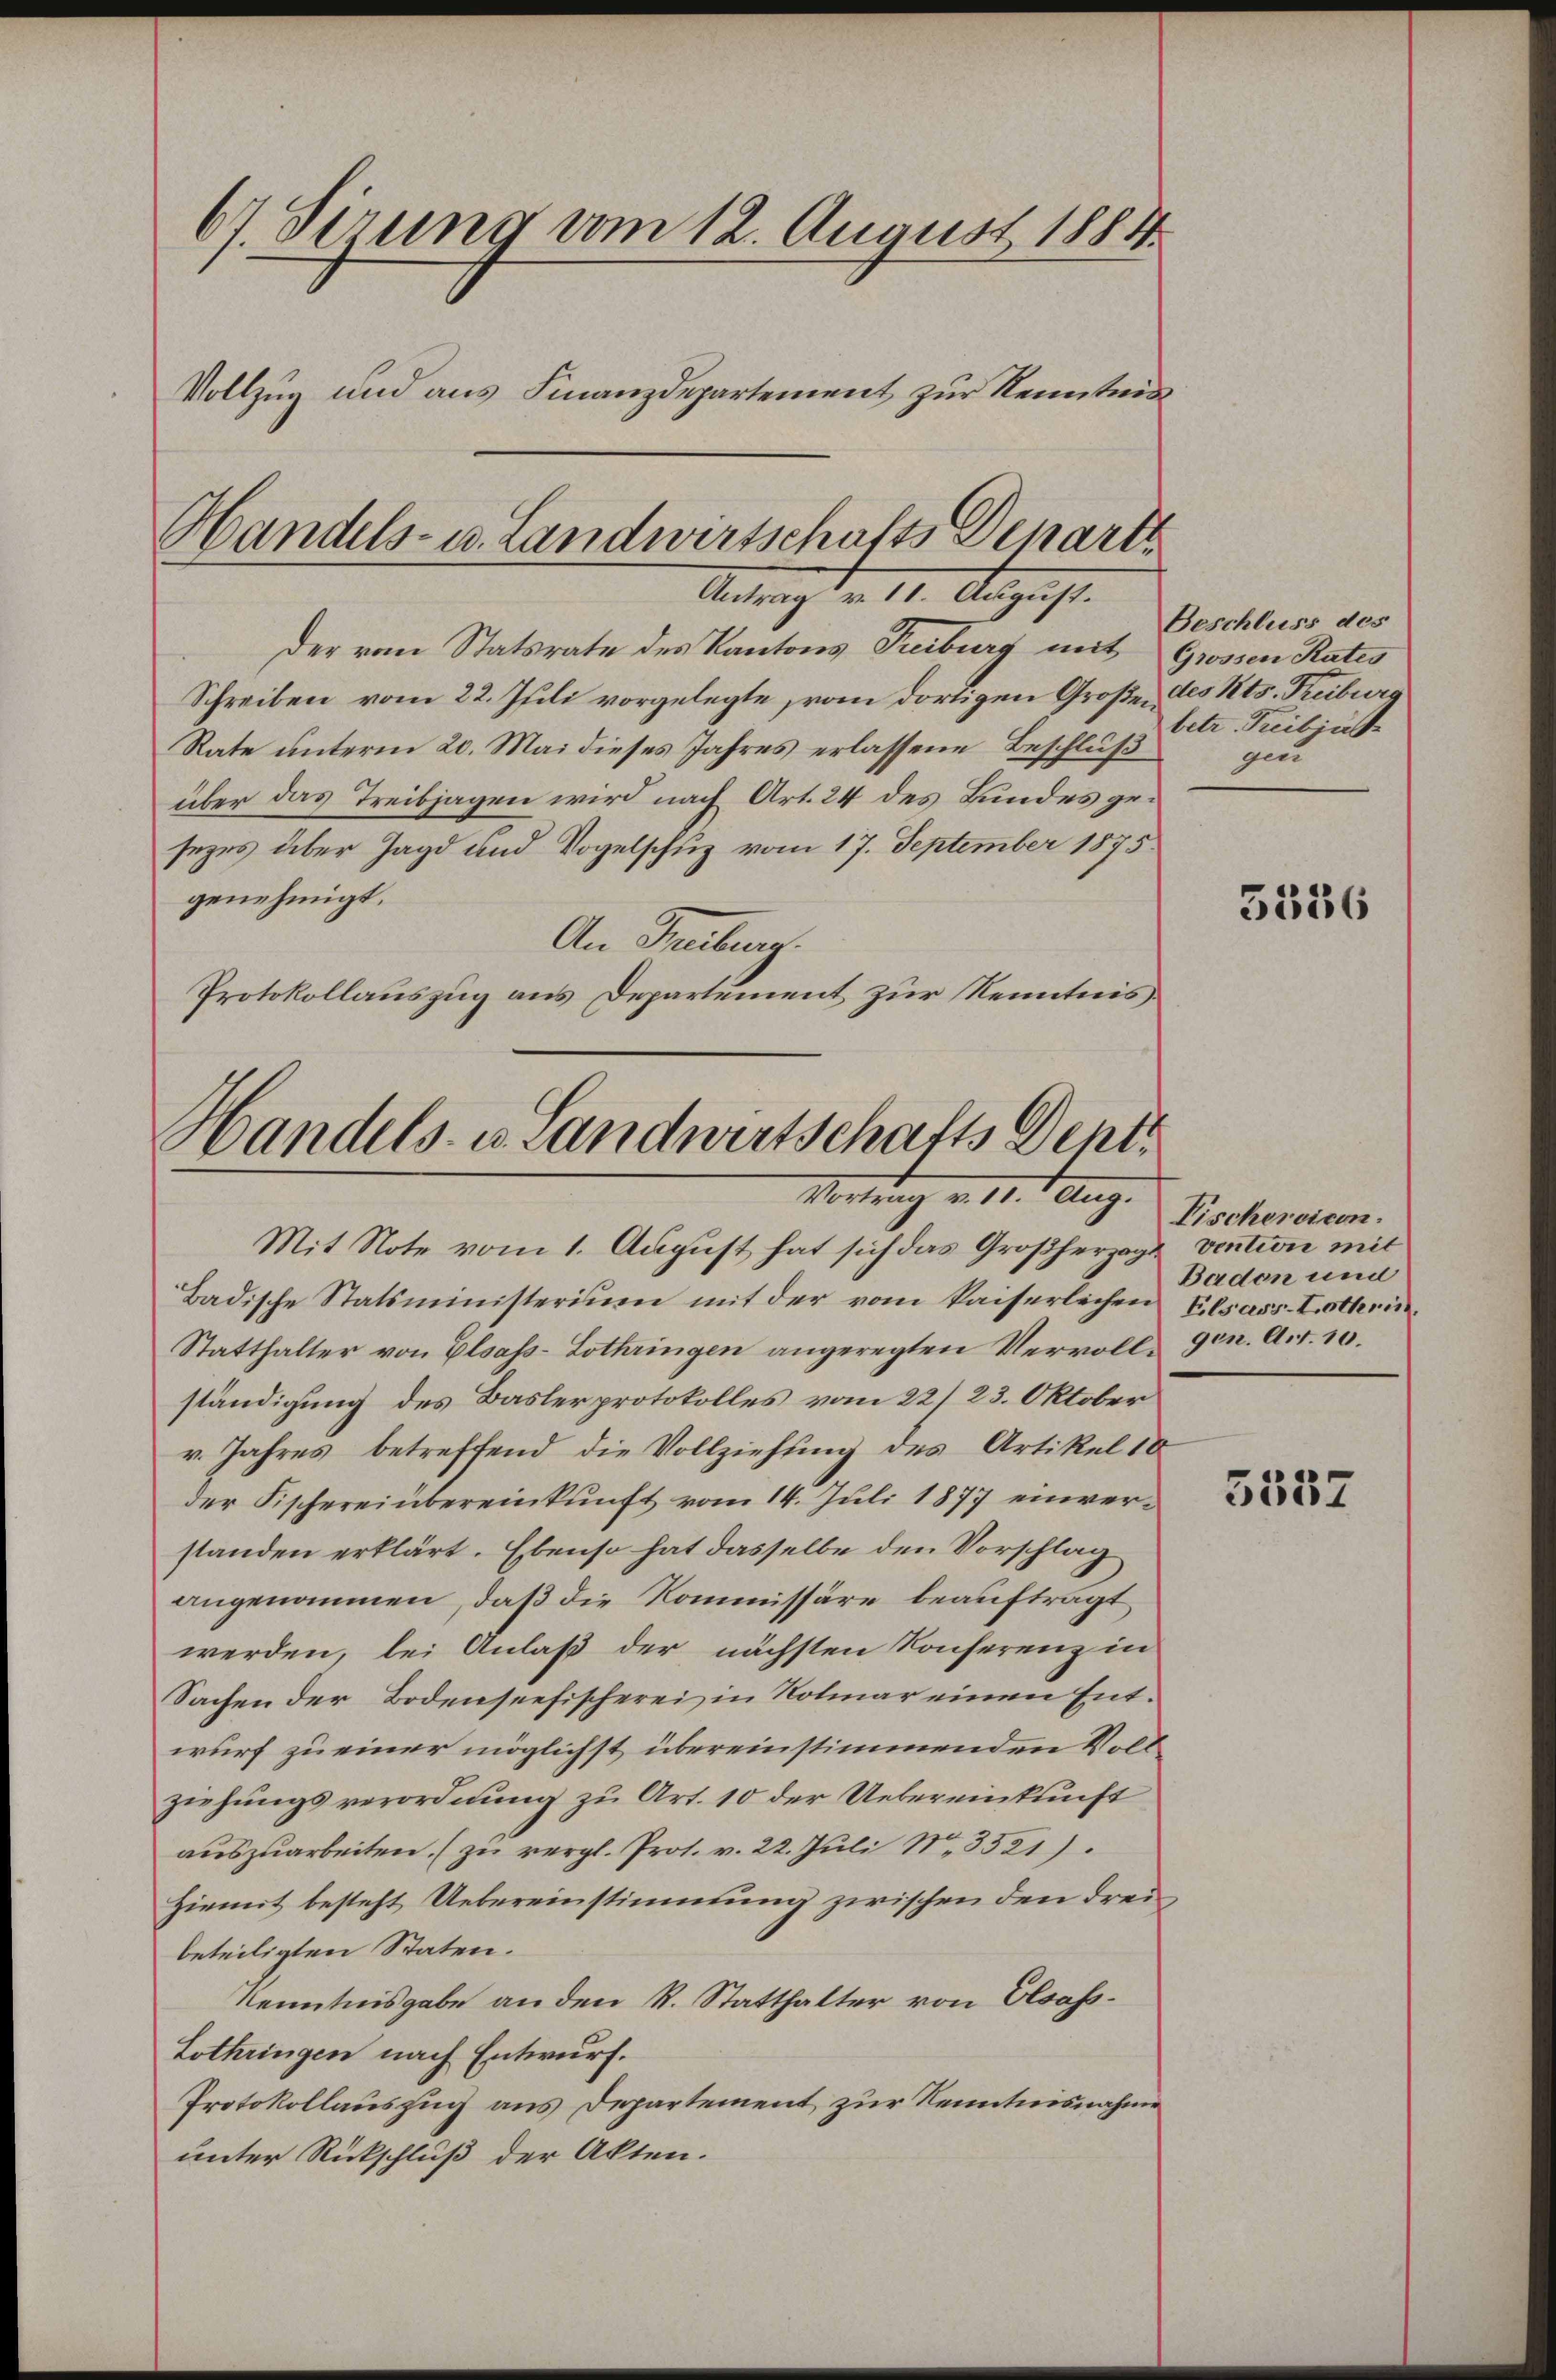
67. dirung vom 12. August 1884
Vollzug und aus Finanzdepartement zur Kenntnis

Handels- u. Landwirtschafts Depart
Antrag v. 11. August.

der vom Statsrate des Kantons Treiburg mit Grossen Rates
Schreiben vom 22. Juli vorgelegte, vom dortigen Großen des Kts. Treiburg
Rate unterm 20. Mai dieses Jahres erlassene Beschluß
über das Treibjagen wird nach Art. 24 des Bundes gesezes über Jagd und Vogelschuz vom 17. September 1875
genehmigt.
An Freiburg.
Protokollauszug aus Departement zur Kenntnis.

Handels- u. Landwirtschafts Dent.
Mort Aug.
Mit Note vom 1. August hat sich das Großherzogt

Badische Statsministerium mit der vom kaiserlichen Elsass-Lothrin¬
Statthalter von Elsass-Lothringen angeregten Vervollständigung des Baslerprotokolles vom 22/23. Oktober
r. Jahres betreffend die Vollziehung des Artikel 10
der Fischerei übereinkunft vom 14. Juli 1877 einverstanden erklärt. Ebenso hat dasselbe den Vorschlag
angenommen, daß die Kommissäre beauftragt
werden, lei Anlaß der nächsten Konferenz in
Sachen der Bodenseefischerei in Nolinar einen Entwurf zu einer möglichst übereinstimmenden Vollziehungsverordnung zu Art. 10 der Uebereinkunft
aŭszŭarbeiten. (zŭ vergl. Prot. v. 22. Jŭli 13521).
hiemit besteht, Uebereinstimmung zwischen den dreibeteiligten Staten.
Kenntnisgabe an den St. Statthalter von Elsass.
Lothringen nach Entwurf.
Protokollauszug aus Departement zur Kenntnisnahme
unter Rückschluß der Akten.

Beschluss des
betr. Treibenst
zu

5356

Fischereicen.
vention mit
Baden und
gen. Art. 10.

5557